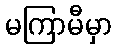
မကြာမီမှာ